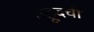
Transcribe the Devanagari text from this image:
उहूदची